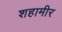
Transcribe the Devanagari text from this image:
शहामीर